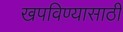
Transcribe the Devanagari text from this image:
खपविण्यासाठी